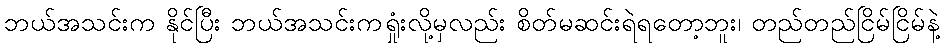
ဘယ်အသင်းက နိုင်ပြီး ဘယ်အသင်းကရှုံးလို့မှလည်း စိတ်မဆင်းရဲရတော့ဘူး၊ တည်တည်ငြိမ်ငြိမ်နဲ့